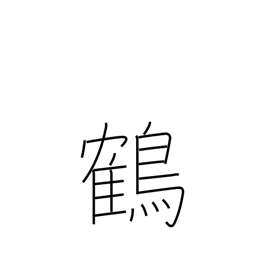
Meaning: stork